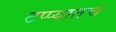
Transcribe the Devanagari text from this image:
टप्प्यातच